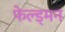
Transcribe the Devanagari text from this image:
फेल्ड्मन